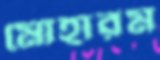
মোহারম